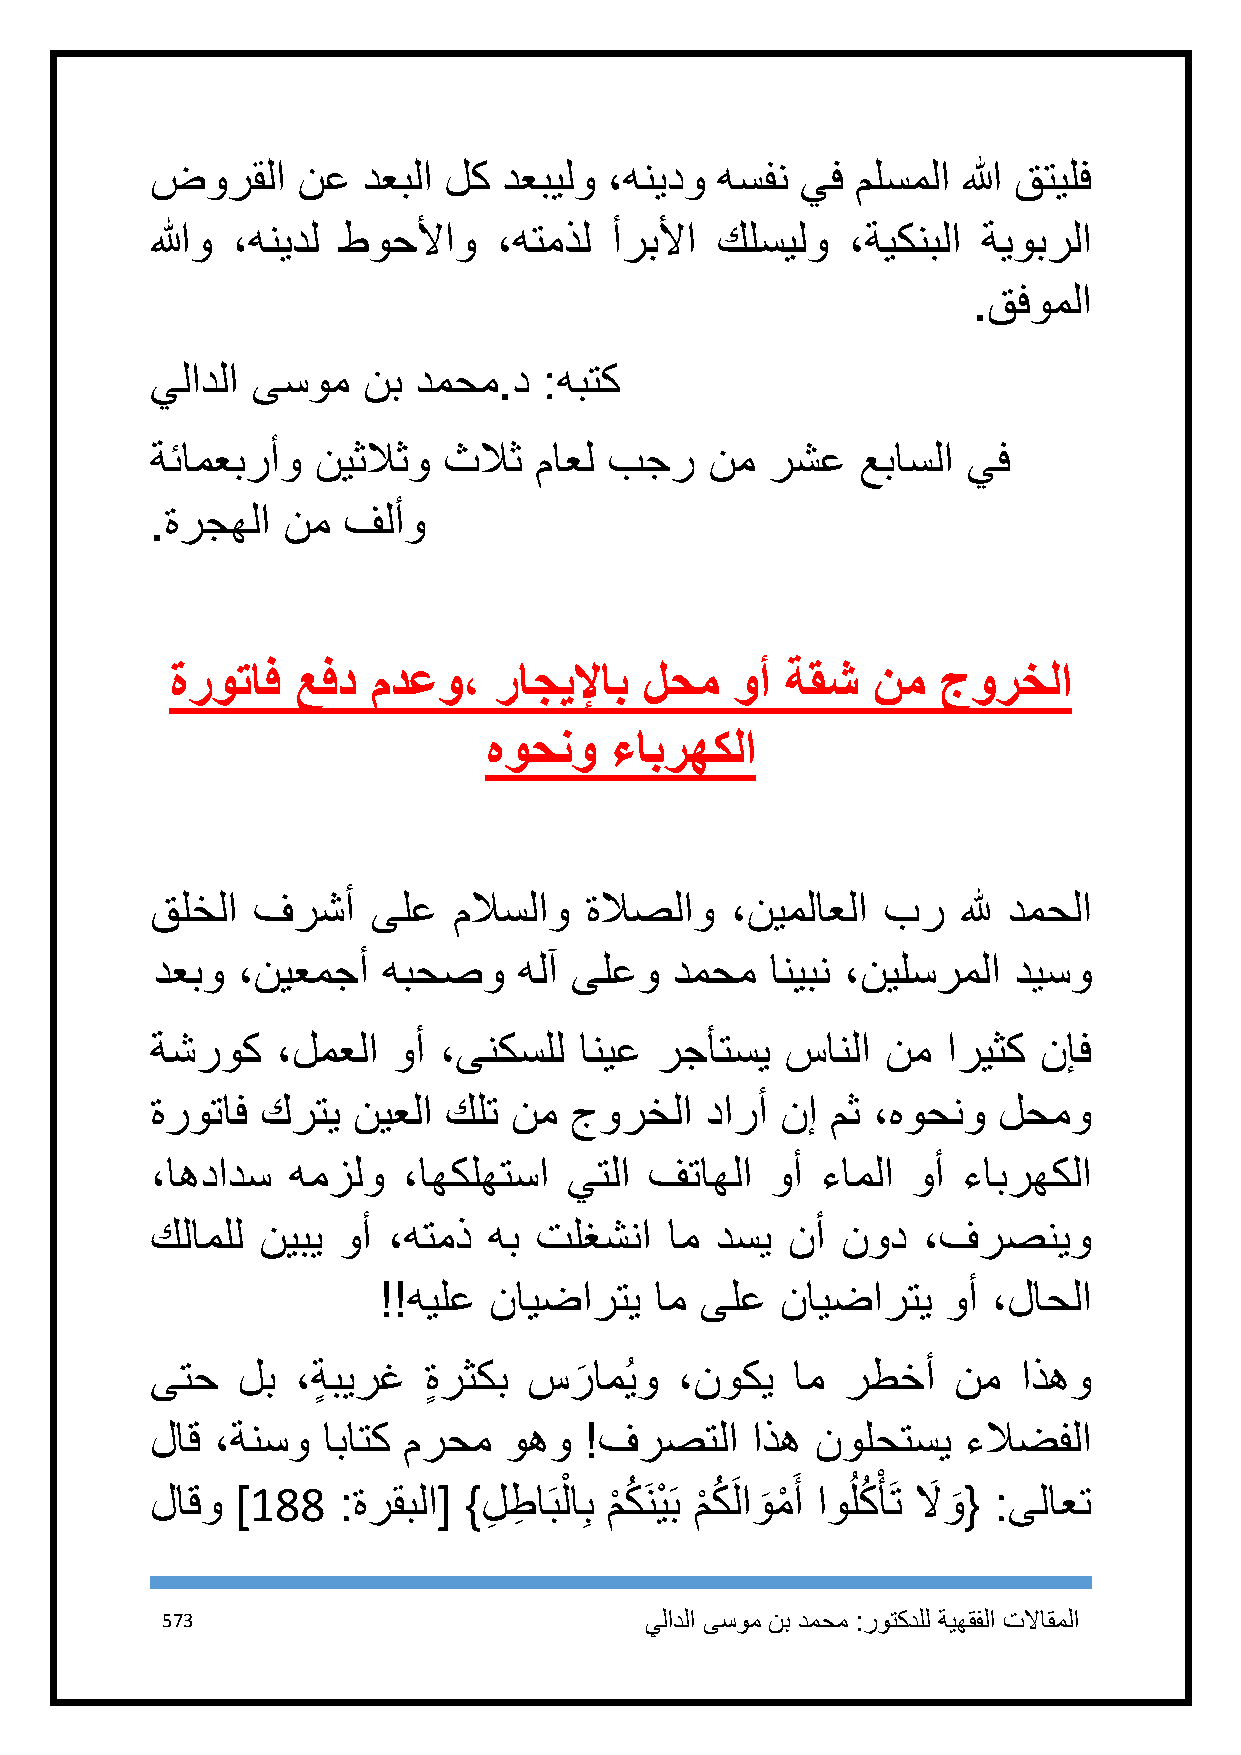
ضورقلا    نع  دعبلا لك دعبيلو ،هنيدو هسفن  يف  ملسملا الله قتيلف
 اللهو ،هنيدل طوحلأاو   ،هتمذل أربلأا كلسيلو   ،ةيكنبلا ةيوبرلا
 .قفوملا
 يلادلا ىسوم   نب دمحم.د   :هبتك
 ةئامعبرأو  نيثلاثو ثلاث  ماعل بجر    نم  رشع   عباسلا يف
 .ةرجهلا  نم  فلأو
 ةروتاف   عفد  مدعو،   راجيلإاب  لحم   وأ ةقش   نم  جورخلا
 هوحنو   ءابرهكلا
 قلخلا  فرشأ    ىلع  ملاسلاو  ةلاصلاو  ،نيملاعلا بر    لله دمحلا
 دعبو  ،نيعمجأ  هبحصو    هلآ ىلعو   دمحم  انيبن ،نيلسرملا ديسو
 ةشروك   ،لمعلا  وأ ،ىنكسلل  انيع رجأتسي   سانلا  نم  اريثك نإف
 ةروتاف كرتي  نيعلا كلت  نم  جورخلا   دارأ نإ مث ،هوحنو  لحمو
 ،اهدادس  همزلو   ،اهكلهتسا  يتلا فتاهلا  وأ ءاملا وأ  ءابرهكلا
 كلاملل نيبي وأ  ،هتمذ هب تلغشنا   ام دسي  نأ  نود  ،فرصنيو
 !!هيلع نايضارتي   ام ىلع   نايضارتي   وأ ،لاحلا
 ىتح   لب  ،ةٍ بيرغ ٍةرثكب سر
 َ
 امُيو ،نوكي  ام  رطخأ   نم   اذهو
 لاق ،ةنسو  اباتك مرحم  وهو   !فرصتلا    اذه نولحتسي   ءلاضفلا
 لاقو  ]188  :ةرقبلا[ } لِ طِ اَبلْ اِب م
 ْ
 كُ َنيْ َب م
 ْ
 كُ َلاو
 َ
 مْ َ أ اوُ لكُ ْ أَت لاَ و
 َ
 { :ىلاعت
 573                             يلادلا ىسوم نب دمحم :روتكدلل ةيهقفلا تلااقملا